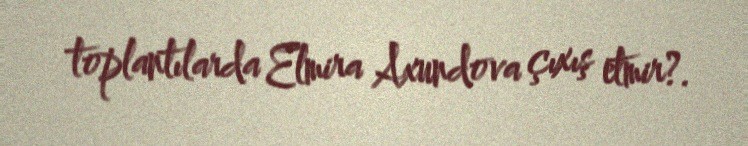
toplantılarda Elmira Axundova çıxış etmir?.